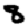
Digit: 8